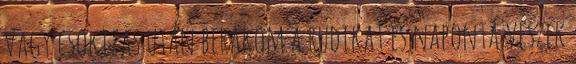
vagy csokizás után berakom a rudikat és naponta veszek